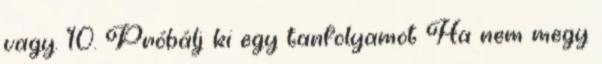
vagy. 10. Próbálj ki egy tanfolyamot Ha nem megy